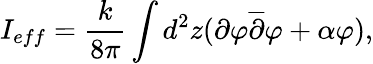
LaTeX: I_{eff}=\frac{k}{8\pi}\int d^{2}z(\partial\varphi\overline{{{\partial}}}\varphi+\alpha\varphi),